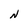
Character: N